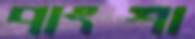
পাংশা